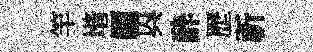
竿堦顛㒷酔歴祈